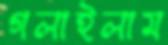
গলাইলাম